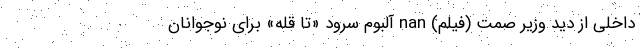
داخلی از دید وزیر صمت (فیلم) nan آلبوم سرود «تا قله» برای نوجوانان